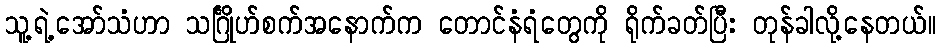
သူ့ရဲ့အော်သံဟာ သင်္ဂြိုဟ်စက်အနောက်က တောင်နံရံတွေကို ရိုက်ခတ်ပြီး တုန်ခါလို့နေတယ်။